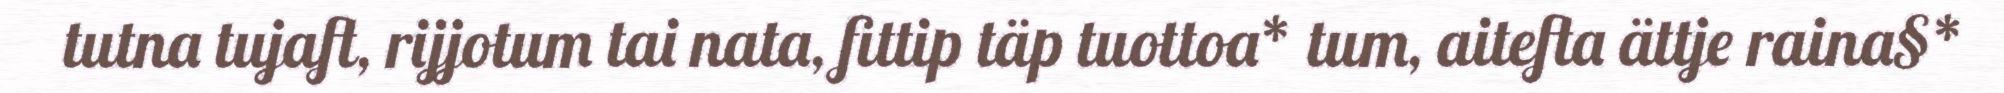
tutna tujaft, rijjotum tai nata, fittip täp tuottoa* tum, aitefta ättje raina§*